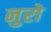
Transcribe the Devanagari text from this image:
नुरो